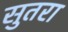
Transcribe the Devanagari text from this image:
सुतरा